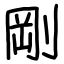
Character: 剛